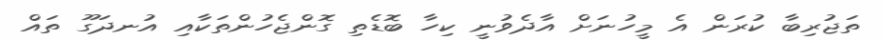
ތަޖުރިބާ ކުރަން އެ މީހުނަށް އާދެވުނީ ކިހާ ބޮޑެތި ގޮންޖެހުންތަކާއި އުނދަގޫ ތައް